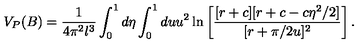
V _ { P } ( B ) = \frac { 1 } { 4 \pi ^ { 2 } l ^ { 3 } } \int _ { 0 } ^ { 1 } d \eta \int _ { 0 } ^ { 1 } d u u ^ { 2 } \ln \left[ \frac { [ r + c ] [ r + c - c \eta ^ { 2 } / 2 ] } { [ r + \pi / 2 u ] ^ { 2 } } \right] .